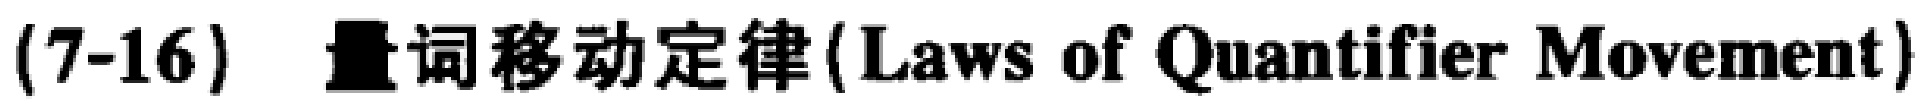
(7-16) 量词移动定律 (Laws of Quantifier Movement)